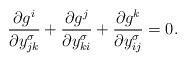
LaTeX: \begin{align*}\frac{\partial g^{i}}{\partial y_{jk}^{\sigma}}+\frac{\partial g^{j}}{\partial y_{ki}^{\sigma}}+\frac{\partial g^{k}}{\partial y_{ij}^{\sigma}}=0.\end{align*}